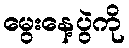
မွေးနေ့ပွဲကို